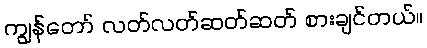
ကျွန်တော် လတ်လတ်ဆတ်ဆတ် စားချင်တယ်။